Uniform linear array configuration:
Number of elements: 24
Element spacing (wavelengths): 0.75
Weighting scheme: uniform
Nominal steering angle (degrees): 30
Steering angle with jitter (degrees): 29.668
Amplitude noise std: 0.05
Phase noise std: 0.05

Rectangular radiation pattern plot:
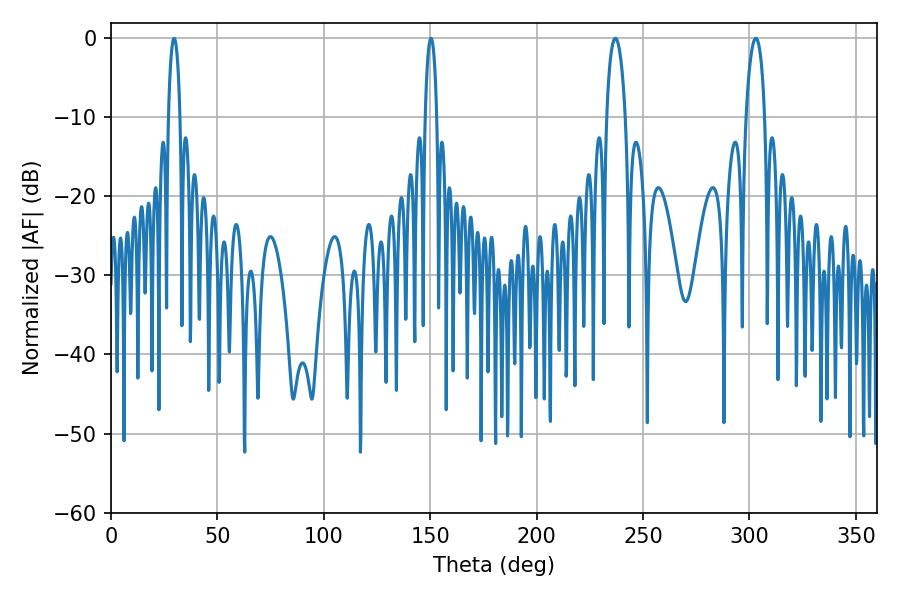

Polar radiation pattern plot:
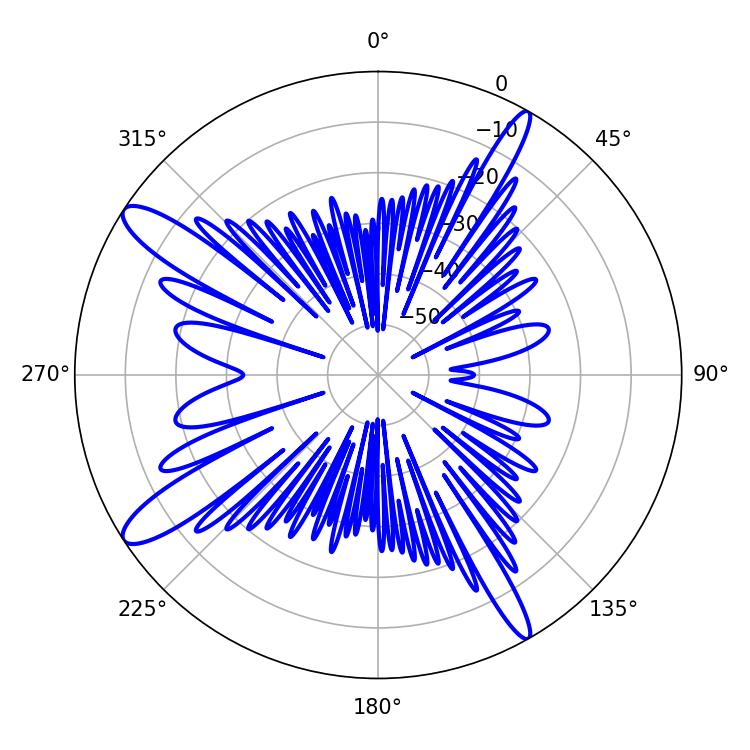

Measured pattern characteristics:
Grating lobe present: TRUE
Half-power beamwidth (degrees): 5.04
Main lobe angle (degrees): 302.94